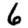
Digit: 6